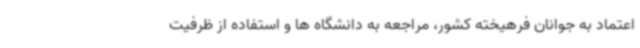
اعتماد به جوانان فرهیخته کشور، مراجعه به دانشگاه ها و استفاده از ظرفیت